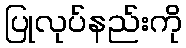
ပြုလုပ်နည်းကို